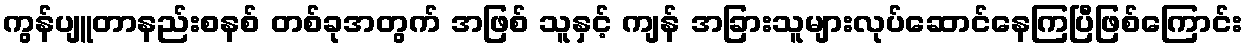
ကွန်ပျူတာနည်းစနစ် တစ်ခုအတွက် အဖြစ် သူနှင့် ကျန် အခြားသူများလုပ်ဆောင်နေကြပြီဖြစ်ကြောင်း